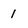
Character: 1